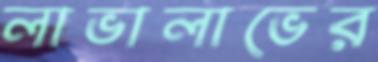
লাভালাভের